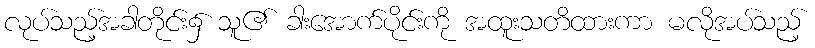
လုပ်သည့်အခါတိုင်း၌ သူ၏ ခါးအောက်ပိုင်းကို အထူးသတိထားကာ မလိုအပ်သည့်